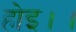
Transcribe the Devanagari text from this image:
होइ।।